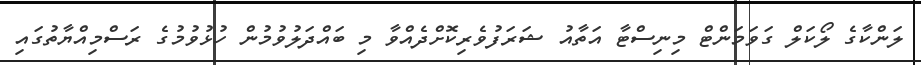
ލަންކާގެ ލޯކަލް ގަވަމަންޓް މިނިސްޓާ އަތާއު ޝަރަފުވެރިކޮށްދެއްވާ މި ބައްދަލުވުމުން ހުޅުވުމުގެ ރަސްމިއްޔާތުގައި